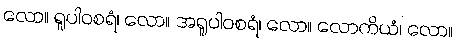
လော။ ရူပါဝစရံ၊ လော။ အရူပါဝစရံ၊ လော။ လောကိယံ၊ လော။